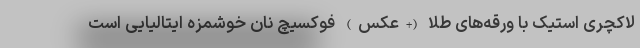
لاکچری استیک با ورقه‌های طلا (+عکس) فوکسیچ نان خوشمزه ایتالیایی است